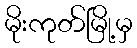
မိုးကုတ်မြို့မှ